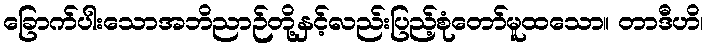
ခြောက်ပါးသောအဘိညာဉ်တို့နှင့်လည်းပြည့်စုံတော်မူထသော။ တာဒီဟိ၊